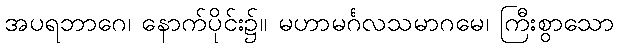
အပရဘာဂေ၊ နောက်ပိုင်း၌။ မဟာမင်္ဂလသမာဂမေ၊ ကြီးစွာသော